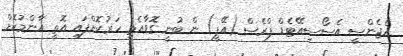
އެޖެންސީ އެސޯސިއޭޓެޑް ޕްރެސް (އޭޕީ) ން ބުނީ ގޮވާއެތި ހަރުކޮށްފައި އޮތީ އާންމުކޮށް